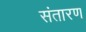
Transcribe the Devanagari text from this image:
संतारण